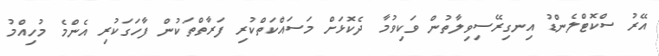
އޭރު ސްކޮޓްލެންޑު އިނގިރޭސިވިލާތުން ވަކިވުމާ ދެކޮޅަށް މަސައްކަތްކުރި ފަރާތްތަކުން ފާހަގަކުރި އެންމެ މުހިއްމު